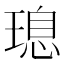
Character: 𮴩